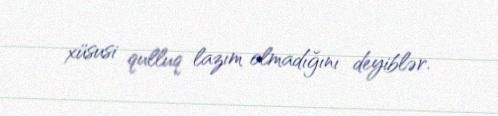
xüsusi qulluq lazım olmadığını deyiblər.